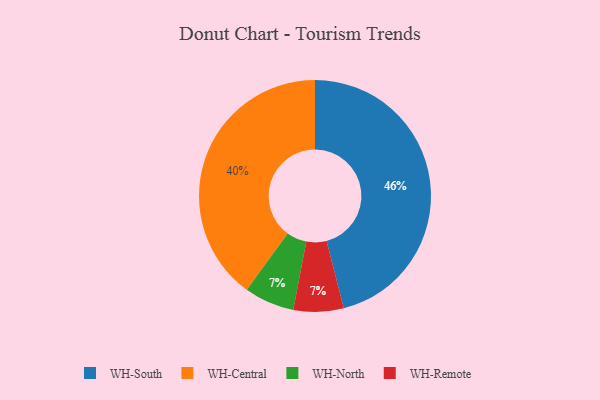
{"axis": {"x": "Category", "y": "Percentage"}, "legend": ["WH-Central", "WH-North", "WH-Remote", "WH-South"], "data": [{"x": "WH-South", "y": 46, "type": "WH-South"}, {"x": "WH-North", "y": 7, "type": "WH-North"}, {"x": "WH-Remote", "y": 7, "type": "WH-Remote"}, {"x": "WH-Central", "y": 40, "type": "WH-Central"}]}